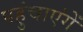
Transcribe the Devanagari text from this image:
पहुंचाएंगें